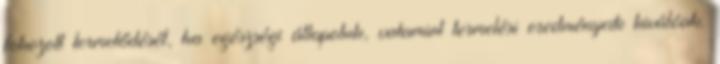
fokozott termelődését, ha egészségi állapotuk, valamint termelési eredményeik kiválóak.